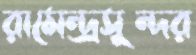
রামেন্দ্রসুন্দর